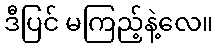
ဒီပြင် မကြည့်နဲ့လေ။